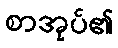
စာအုပ်၏